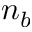
n _ { b }